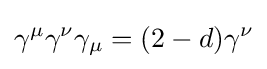
\gamma ^{\mu }\gamma ^{\nu }\gamma _{\mu }=(2-d)\gamma ^{\nu }